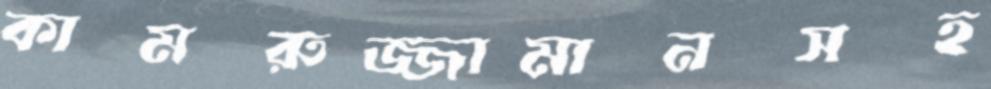
কামরুজ্জামানসহ